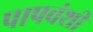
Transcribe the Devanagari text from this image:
पापवंशी